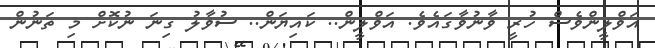
އަވްލީންވެސް ހުރީ ވާނުވާގައެވެ. އަވްލީން.. ކައިޔަން.. ސުވާލު ގިނަ ނުކޮށް މި ތަނުން